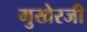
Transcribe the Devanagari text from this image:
मुखेरजी